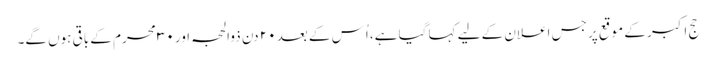
حج اکبر کے موقع پر جس اعلان کے لیے کہا گیا ہے، اُس کے بعد ۲۰ دن ذوالحجہ اور ۳۰ محرم کے باقی ہوں گے۔